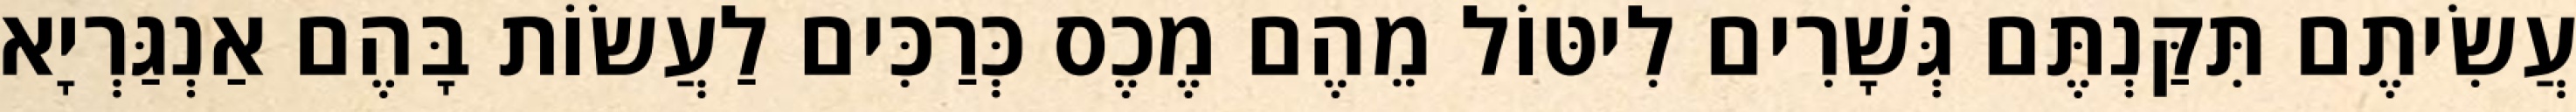
עֲשִׂיתֶם תִּקַּנְתֶּם גְּשָׁרִים לִיטּוֹל מֵהֶם מֶכֶס כְּרַכִּים לַעֲשׂוֹת בָּהֶם אַנְגַּרְיָא